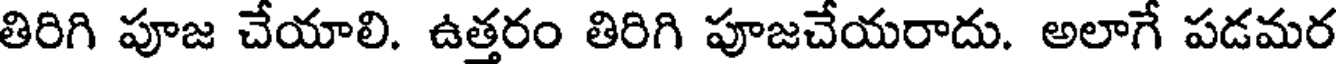
తిరిగి పూజ చేయాలి. ఉత్తరం తిరిగి పూజచేయరాదు. అలాగే పడమర